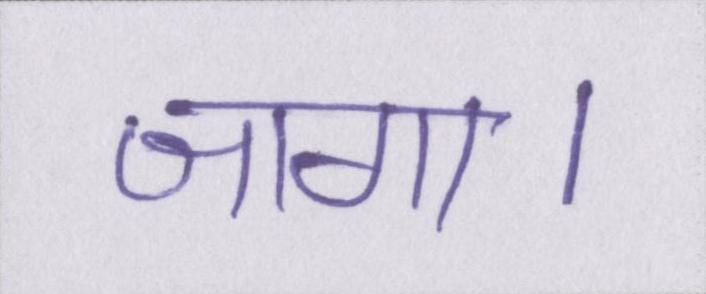
जागा।